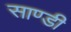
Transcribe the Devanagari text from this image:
साण्‍डी